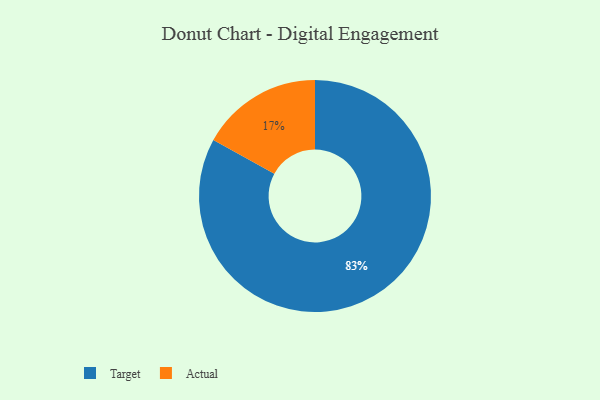
{"axis": {"x": "Category", "y": "Percentage"}, "legend": ["Actual", "Target"], "data": [{"x": "Target", "y": 83, "type": "Target"}, {"x": "Actual", "y": 17, "type": "Actual"}]}